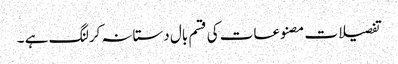
تفصیلات مصنوعات کی قسم بال دستانہ کرلنگ ہے ۔